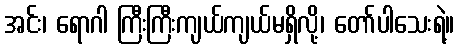
အင်း၊ ရောဂါ ကြီးကြီးကျယ်ကျယ်မရှိလို့၊ တော်ပါသေးရဲ့။